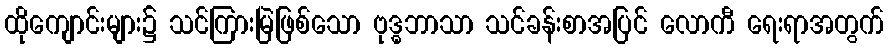
ထိုကျောင်းများ၌ သင်ကြားမြဲဖြစ်သော ဗုဒ္ဓဘာသာ သင်ခန်းစာအပြင် လောကီ ရေးရာအတွက်